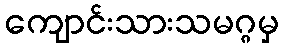
ကျောင်းသားသမဂ္ဂမှ